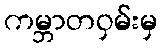
ကမ္ဘာတဝှမ်းမှ